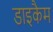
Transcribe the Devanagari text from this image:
डाइकैम